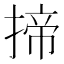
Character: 揥